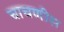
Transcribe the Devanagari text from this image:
चाचणीस